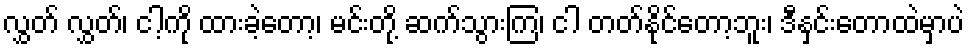
လွှတ် လွှတ်၊ ငါ့ကို ထားခဲ့တော့၊ မင်းတို့ ဆက်သွားကြ၊ ငါ တတ်နိုင်တော့ဘူး၊ ဒီနှင်းတောထဲမှာပဲ